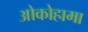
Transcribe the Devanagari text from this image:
ओकोहामा